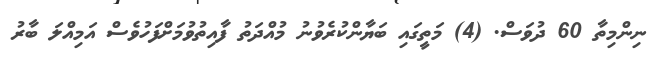
ނިންމިތާ 60 ދުވަސް. (4) މަތީގައި ބަޔާންކުރެވުނު މުއްދަތު ފާއިތުވުމަށްފަހުވެސް އަމިއްލަ ބާރު